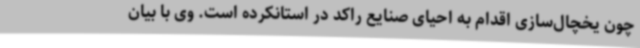
چون یخچال‌سازی اقدام به احیای صنایع راکد در استانکرده است. وی با بیان